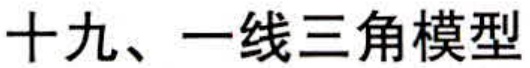
十九、一线三角模型